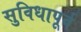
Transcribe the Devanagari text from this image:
सुविधापूर्व